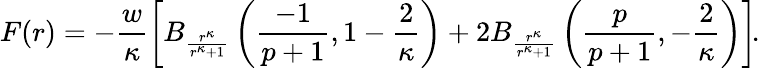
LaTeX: F(r)=-\frac{w}{\kappa}\left[B_{\frac{r^{\kappa}}{r^{\kappa}+1}}\left(\frac{-1}{p+1},1-\frac{2}{\kappa}\right)+2B_{\frac{r^{\kappa}}{r^{\kappa}+1}}\left(\frac{p}{p+1},-\frac{2}{\kappa}\right)\right]\! .